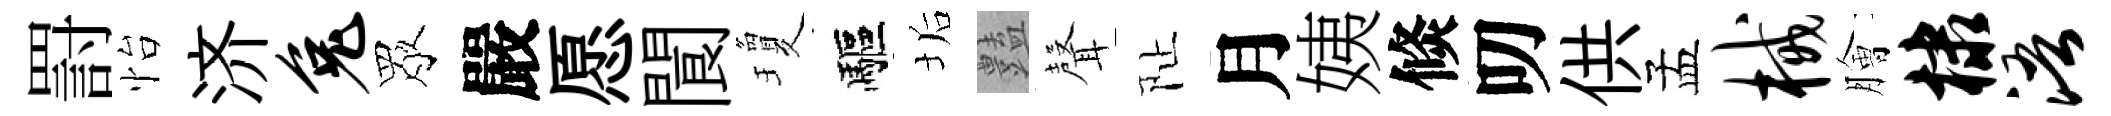
罸怡济兔眾嚴愿閬瓊驅垢𧰟𮋻阯月姨倐叨供孟械膾棣浯